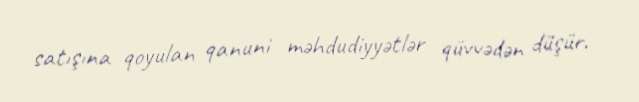
satışına qoyulan qanuni məhdudiyyətlər qüvvədən düşür.